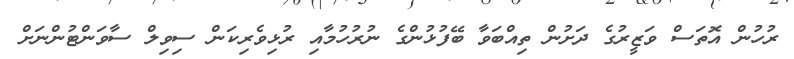
ރުހުން އޮތަސް ވަޒީރުގެ ދަށުން ތިއްބަވާ ބޭފުޅުންގެ ނުރުހުމާއި ރުޅިވެރިކަން ސިވިލް ސާވަންޓުންނަށް